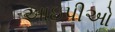
આઇપીઓ